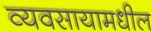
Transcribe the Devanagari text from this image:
व्यवसायामधील